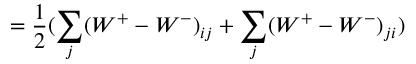
= \frac { 1 } { 2 } ( \sum _ { j } ( W ^ { + } - W ^ { - } ) _ { i j } + \sum _ { j } ( W ^ { + } - W ^ { - } ) _ { j i } )